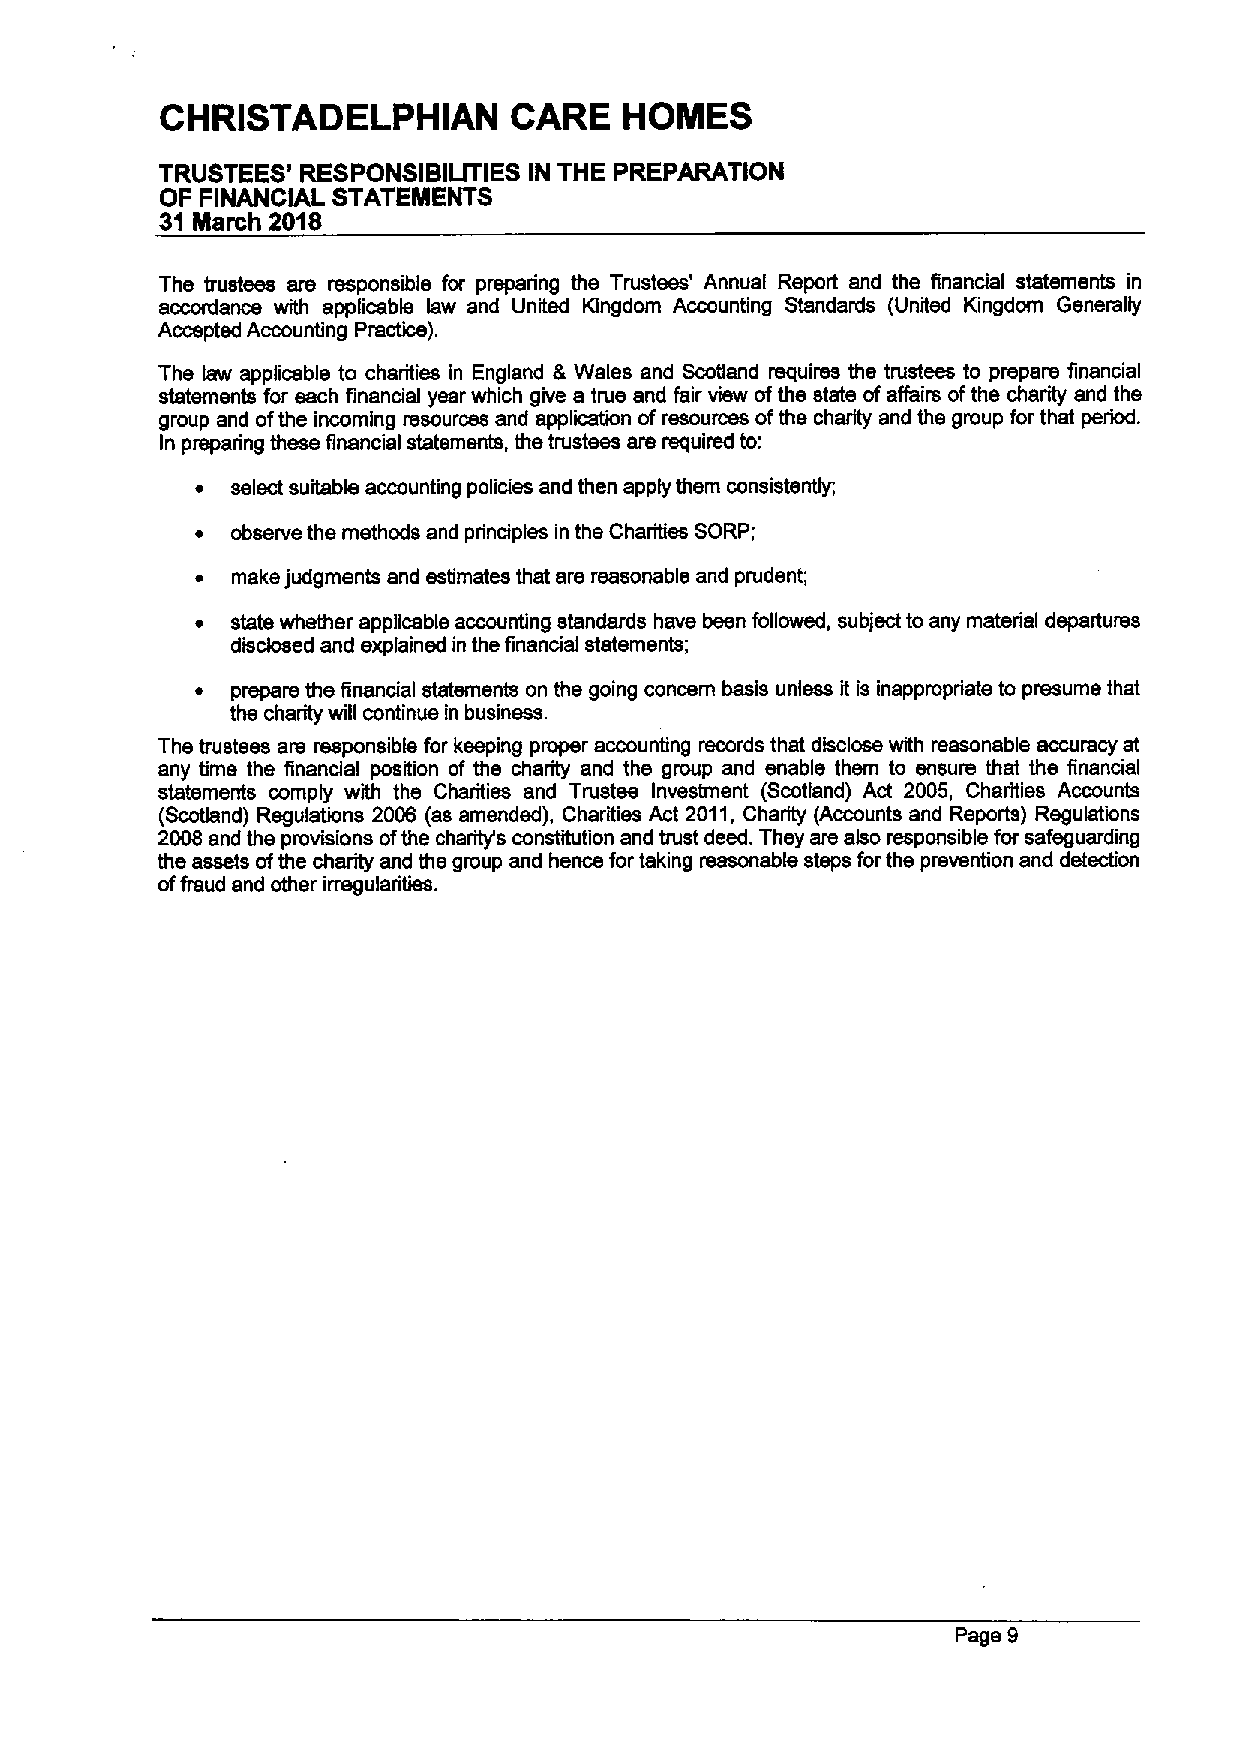
CHRISTADELPHIAN        CARE   HOINES
 TRUSTEES' RESPONSIBIUTIES IN THE PREPARATION
 OF FINANCIAL STATEMENTS
 31 March 2018
 The trustees ars responsible for preparing the Trustees' Annual Report and the financial statements in
 accordance with applicabki Iaw and United Kingdom Accounting Standards (United Kingdom Generally
 Accepted Accounting Practice).
 The law applicable to charities in England & Wales and Scotland requires the trustees to prepare fiinancial
 statements for each financial year which give a true and fair view ofthe state ofaffairs ofthe charity and ths
 group and ofthe incoming resources and application of resources ofthe charity and the group for that period.
 In preparing these financial statements, the trustees ars required to:
 ~ select suitable accounting policies and then apply them consistently;
 ~ observe the methods and principles in the Charities SORP;
 ~ make judgments end estimates that are reasonable and prudent;
 ~ state whether applicable accounting standards have been followed, subject to any material departures
 disdosed and explained in the fiinanciai statements;
 ~ prepare ths financial statements on the going concern basis unless it is inappropriate to presume that
 the charity will continue in business.
 The trustees are responsible for keeping proper accounting records that dkiclose with reasonable accuracy at
 any time the financlal position of the charity and the group and enable them to ensure that the financial
 statements comply with the Charities and Trustee Investment (Scotland) Act 2005, Charities Accounts
 (Scofiand) Regulations 2006 (as amended), Charities Act 2011,Charity (Accounts and Reports) Regulations
 2008 and the provisions ofthe charity's constitution and trust deed. They are also responsible for safeguarding
 the assets ofthe charity and the group and hence for taking reasonable steps forthe prevention and detection
 offraud and other irregularities.
 Page 9